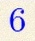
6